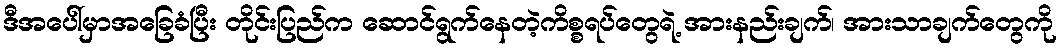
ဒီအပေါ်မှာအခြေခံပြီး တိုင်းပြည်က ဆောင်ရွက်နေတဲ့ကိစ္စရပ်တွေရဲ့ အားနည်းချက်၊ အားသာချက်တွေကို